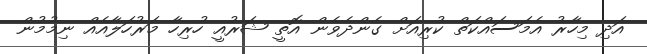
އަދި މިހާރު އެމަސައްކަތް ކުރިއަށް ގެންދެވެން އޮތީ ޝަރުއީ ހުރިހާ މަރުހަލާއެއް ނިމުމުން